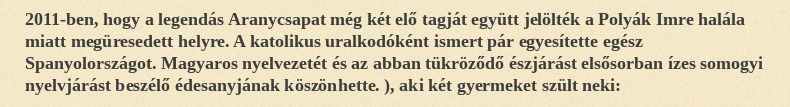
2011-ben, hogy a legendás Aranycsapat még két elő tagját együtt jelölték a Polyák Imre halála miatt megüresedett helyre. A katolikus uralkodóként ismert pár egyesítette egész Spanyolországot. Magyaros nyelvezetét és az abban tükröződő észjárást elsősorban ízes somogyi nyelvjárást beszélő édesanyjának köszönhette. ), aki két gyermeket szült neki: